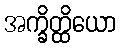
အက္ခိတ္ထိယော